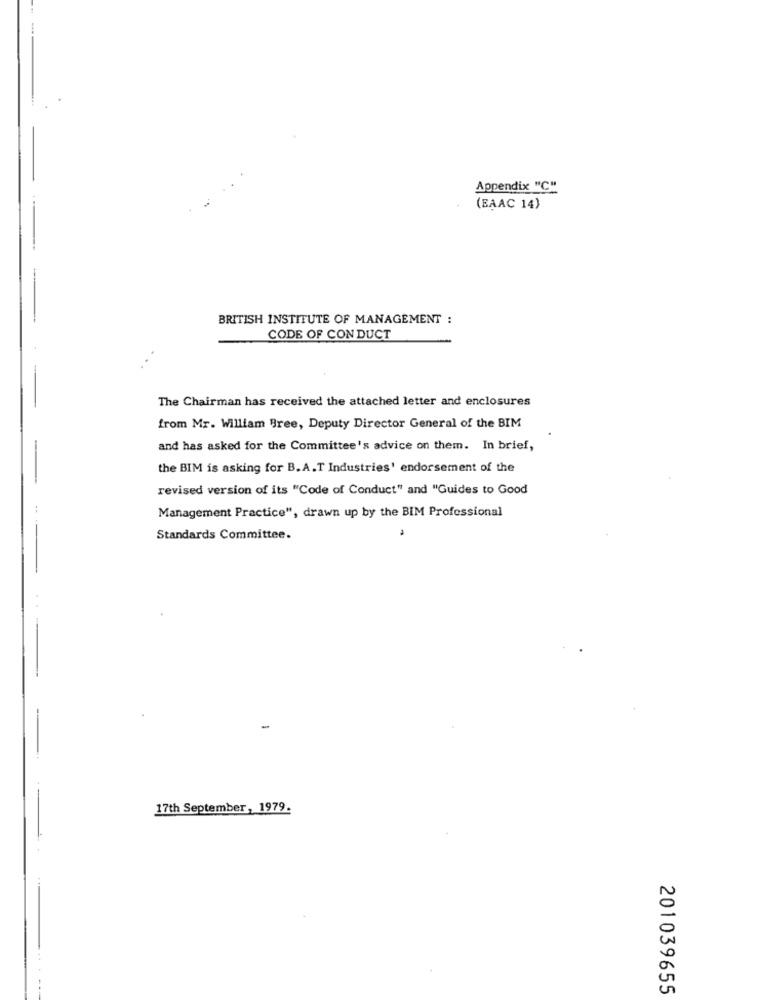
Appendix "C"
(BAAC 14)
BRITISH INSTITUTE OF MANAGEMENT :
CODE OF CONDUCT
The Chairman has received the attached letter and enclosures
from Mr. William Bree, Deputy Director General of the BIM
and has asked for the Committee's advice on them. In brief,
the BIM is asking for B. A.T Industries' endorsement of the
revised version of its "Code of Conduct" and "Guides to Good
Management Practice", drawn up by the BIM Professional
Standards Committee.
17th September, 1979.
201039655